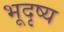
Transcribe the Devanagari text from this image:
भूदृष्य